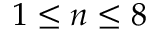
1 \leq n \leq 8